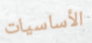
الأساسيات